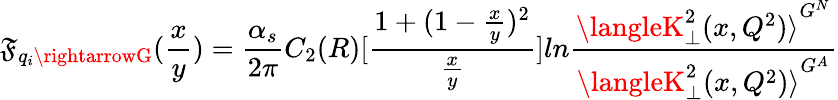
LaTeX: \mathfrak{F}_{q_{i}\rightarrowG}(\frac{x}{y})=\frac{{\alpha_{s}}}{{2\pi}}C_{2}(R)[\frac{{1+(1-\frac{x}{y})^{2}}}{{\frac{x}{y}}}]ln\frac{{{\langleK_{\perp}^{2}(x,Q^{2})\rangle}^{G^{N}}}}{{{\langleK_{\perp}^{2}(x,Q^{2})\rangle}^{G^{A}}}}